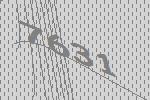
7631